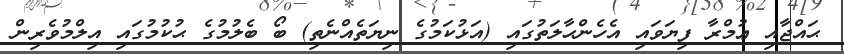
ޙައްޖާއި ޢުމްރާ ފިޔަވައި އެހެންޙާލަތުގައި (އަޅުކަމުގެ ނިޔަތެއްނެތި) ބޯ ބެލުމުގެ ޙުކުމުގައި އިލްމުވެރިން